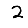
Digit: 2